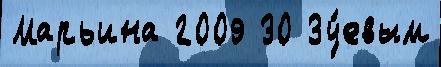
Марьина 2009 30 Зу́евым